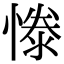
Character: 𢟱